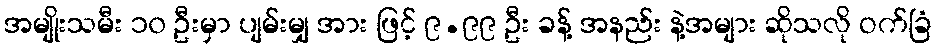
အမျိုးသမီး ၁၀ ဦးမှာ ပျမ်းမျှ အား ဖြင့် ၉.၉၉ ဦး ခန့် အနည်း နဲ့အများ ဆိုသလို ဝက်ခြံ